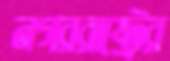
নগররাষ্ট্রের